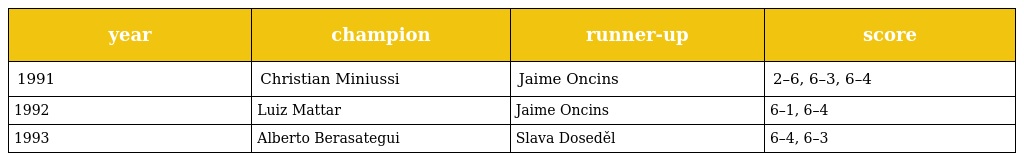
| year | champion | runner-up | score |
 | --- | --- | --- | --- |
 | 1991 | Christian Miniussi | Jaime Oncins | 2–6, 6–3, 6–4 |
 | 1992 | Luiz Mattar | Jaime Oncins | 6–1, 6–4 |
 | 1993 | Alberto Berasategui | Slava Doseděl | 6–4, 6–3 |